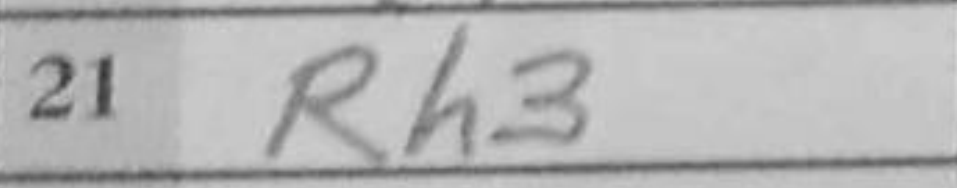
Transcription: Rh3